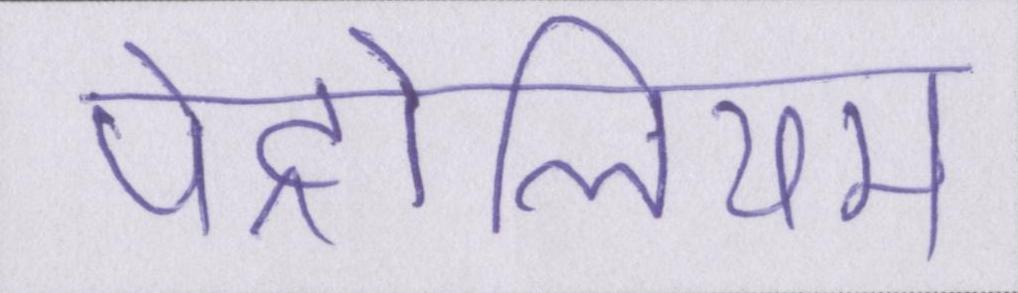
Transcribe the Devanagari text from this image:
पेट्रोलियम